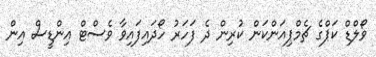
ވޯލްޑް ކަޕްގެ ޗެމްޕިއަންކަން ކުރިން ދެ ފަހަރު ހޯދައިފައިވާ ވެސްޓް އިންޑީސް އިން